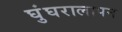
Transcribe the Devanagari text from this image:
घुंघरालापन